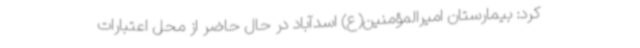
کرد: بیمارستان امیرالمؤمنین(ع) اسدآباد در حال حاضر از محل اعتبارات